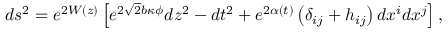
d s ^ { 2 } = e ^ { 2 W ( z ) } \left[ e ^ { 2 \sqrt { 2 } b \kappa \phi } d z ^ { 2 } - d t ^ { 2 } + e ^ { 2 \alpha ( t ) } \left( \delta _ { i j } + h _ { i j } \right) d x ^ { i } d x ^ { j } \right] ,